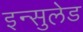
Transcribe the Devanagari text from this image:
इन्सुलेड